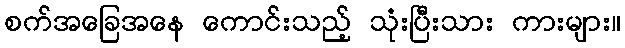
စက်အခြေအနေ ကောင်းသည့် သုံးပြီးသား ကားများ။